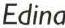
Edina